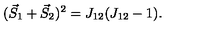
( \vec { S } _ { 1 } + \vec { S } _ { 2 } ) ^ { 2 } = J _ { 1 2 } ( J _ { 1 2 } - 1 ) .